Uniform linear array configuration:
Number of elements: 8
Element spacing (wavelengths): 0.25
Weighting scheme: binomial
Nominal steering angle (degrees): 15
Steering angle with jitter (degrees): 14.903
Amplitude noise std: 0.05
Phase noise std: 0.05

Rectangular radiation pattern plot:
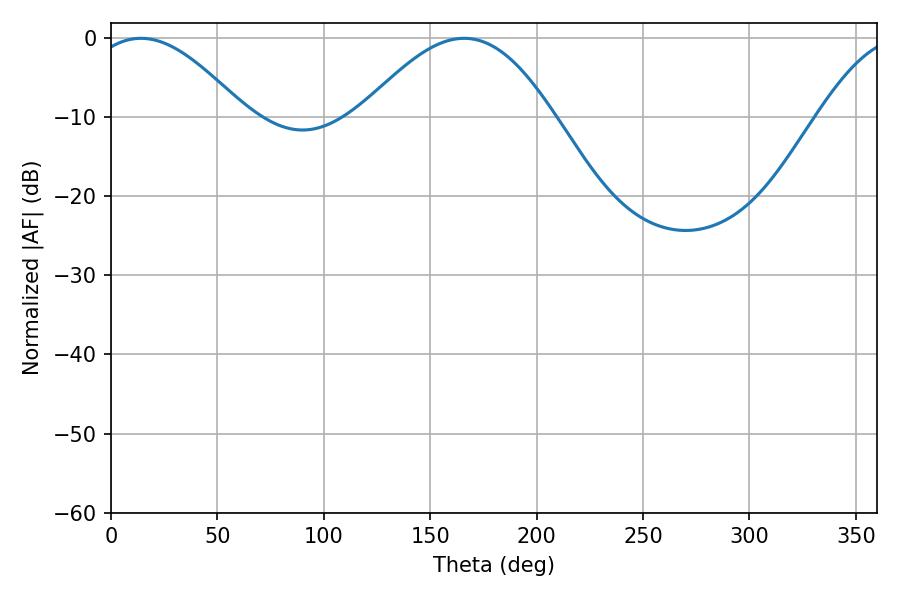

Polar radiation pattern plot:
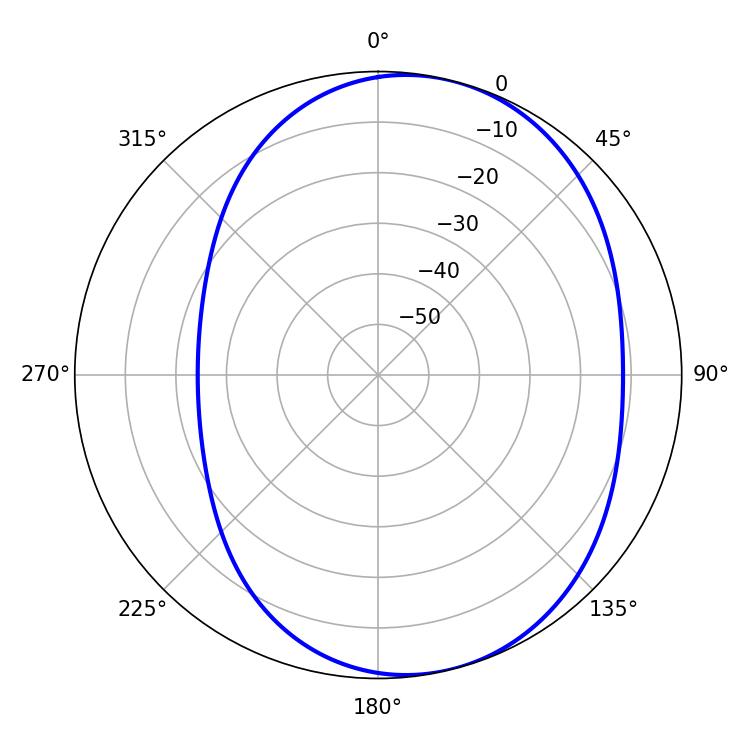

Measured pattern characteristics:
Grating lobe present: FALSE
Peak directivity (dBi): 5.791
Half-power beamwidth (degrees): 39.78
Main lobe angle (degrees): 14.04